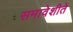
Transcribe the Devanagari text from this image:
समावेशीते